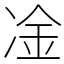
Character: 凎